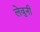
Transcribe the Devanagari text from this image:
लेवुनी